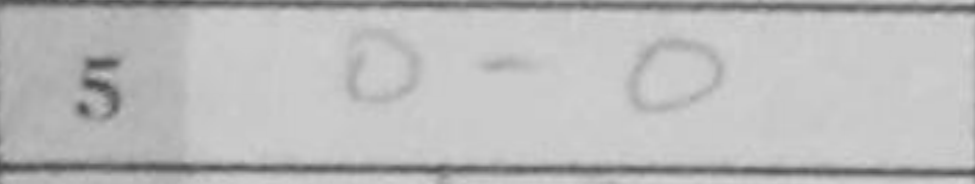
Transcription: O-O